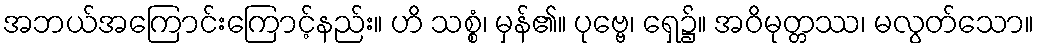
အဘယ်အကြောင်းကြောင့်နည်း။ ဟိ သစ္စံ၊ မှန်၏။ ပုဗ္ဗေ၊ ရှေ၌။ အဝိမုတ္တဿ၊ မလွတ်သော။